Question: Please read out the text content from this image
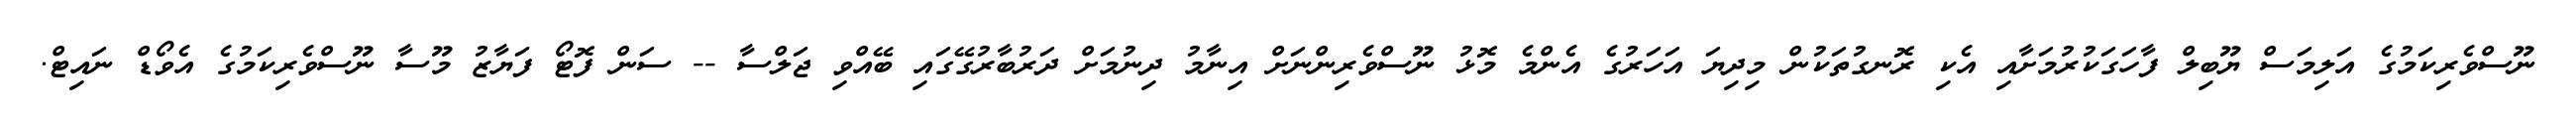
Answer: ނޫސްވެރިކަމުގެ އަލިމަސް ޔޫބިލް ފާހަގަކުރުމަށާއި އެކި ރޮނގުތަކުން މިދިޔަ އަހަރުގެ އެންމެ މޮޅު ނޫސްވެރިންނަށް އިނާމު ދިނުމަށް ދަރުބާރުގޭގައި ބޭއްވި ޖަލްސާ -- ސަން ފޮޓޯ ފަޔާޒު މޫސާ ނޫސްވެރިކަމުގެ އެވޯޑް ނައިޓް.